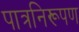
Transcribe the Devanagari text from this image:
पात्रनिरूपण